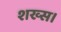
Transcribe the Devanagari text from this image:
शख्स।